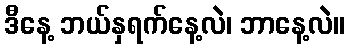
ဒီနေ့ ဘယ်နှရက်နေ့လဲ၊ ဘာနေ့လဲ။